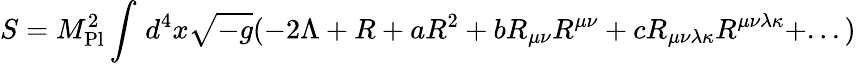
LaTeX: S={M}_{\mathrm{{Pl}}}^{2}\int_{}^{}{d}^{4}x\sqrt{-g}(-2\Lambda+R+a{R}^{2}+b{R}_{\mu\nu}{R}^{\mu\nu}+c{R}_{\mu\nu\lambda\kappa}{R}^{\mu\nu\lambda\kappa}+...)